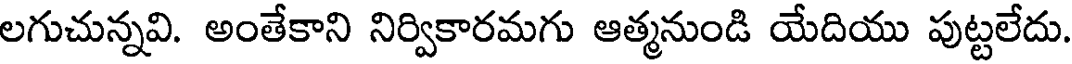
లగుచున్నవి. అంతేకాని నిర్వికారమగు ఆత్మనుండి యేదియు పుట్టలేదు.